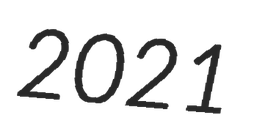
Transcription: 2021